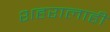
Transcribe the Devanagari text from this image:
शहरालाही